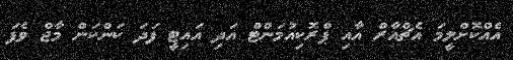
އެއްކޮށްލީމަ އެޗްއާރް އާއި ޕްރޮކިއުމަންޓް އަދި އައިޓީ ފަދަ ކަންކަން މާޖް ވެފަ